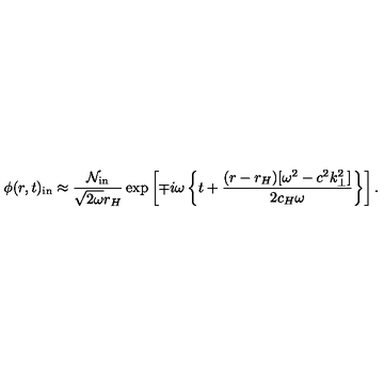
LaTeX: \phi ( r , t ) _ { \mathrm { i n } } \approx { \frac { { \cal N } _ { \mathrm { i n } } } { \sqrt { 2 \omega } r _ { H } } } \exp \left[ \mp i \omega \left\{ t + { \frac { ( r - r _ { H } ) [ \omega ^ { 2 } - c ^ { 2 } k _ { \perp } ^ { 2 } ] } { 2 c _ { H } \omega } } \right\} \right] .